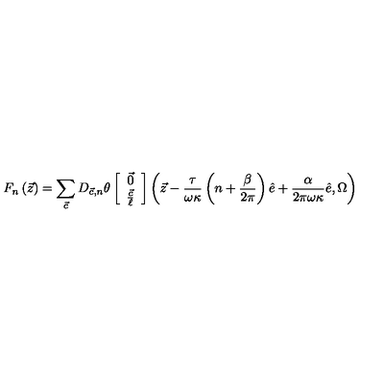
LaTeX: F _ { n } \left( { \vec { z } } \right) = \sum _ { { \vec { c } } } D _ { { \vec { c } } , n } \theta \left[ \begin{array} { c } { { \vec { 0 } } } \\ { \frac { { \vec { c } } } { \ell } } \\ \end{array} \right] \left( { \vec { z } } - \frac { \tau } { \omega \kappa } \left( n + \frac { \beta } { 2 \pi } \right) { \hat { e } } + \frac { \alpha } { 2 \pi \omega \kappa } { \hat { e } } , \Omega \right)